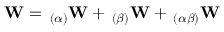
\mathbf { W } = \, _ { ( \alpha ) } \mathbf { W } + \, _ { ( \beta ) } \mathbf { W } + \, _ { ( \alpha \beta ) } \mathbf { W }